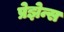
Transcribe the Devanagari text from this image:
प्रेझेन्स